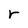
Character: r